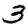
Digit: 3